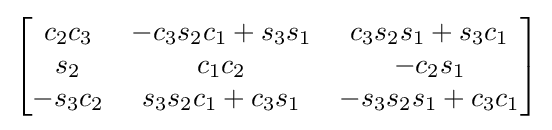
{\begin{bmatrix}c_{2}c_{3}&-c_{3}s_{2}c_{1}+s_{3}s_{1}&c_{3}s_{2}s_{1}+s_{3}c_{1}\\s_{2}&c_{1}c_{2}&-c_{2}s_{1}\\-s_{3}c_{2}&s_{3}s_{2}c_{1}+c_{3}s_{1}&-s_{3}s_{2}s_{1}+c_{3}c_{1}\end{bmatrix}}